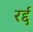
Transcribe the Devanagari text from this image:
रर्द्द